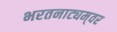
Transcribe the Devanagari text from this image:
भरतनाट्यम्‌वर